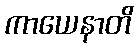
ကာယေနာတိ